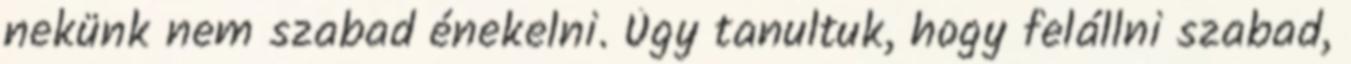
nekünk nem szabad énekelni. Úgy tanultuk, hogy felállni szabad,